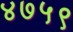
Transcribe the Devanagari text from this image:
४७५९